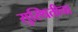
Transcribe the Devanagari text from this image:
सुस्थितीचा